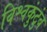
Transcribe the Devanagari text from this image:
विश्वकुंटुंब